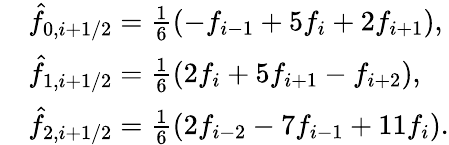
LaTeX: \begin{array}{rl}&{\hat{f}_{0,i+1/2}=\frac{1}{6}\left(-f_{i-1}+5f_{i}+2f_{i+1}\right),}\\ &{\hat{f}_{1,i+1/2}=\frac{1}{6}\left(2f_{i}+5f_{i+1}-f_{i+2}\right),}\\ &{\hat{f}_{2,i+1/2}=\frac{1}{6}\left(2f_{i-2}-7f_{i-1}+11f_{i}\right).}\end{array}